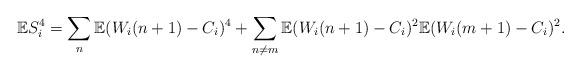
LaTeX: \begin{align*}\mathbb{E}S^4_i = \sum_{n} \mathbb{E}(W_i(n+1)-C_i)^4 + \sum_{n \neq m} \mathbb{E}(W_i(n+1)-C_i)^2\mathbb{E}(W_i(m+1)-C_i)^2.\end{align*}